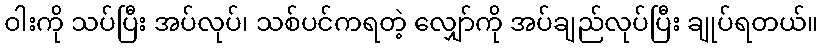
ဝါးကို သပ်ပြီး အပ်လုပ်၊ သစ်ပင်ကရတဲ့ လျှော်ကို အပ်ချည်လုပ်ပြီး ချုပ်ရတယ်။